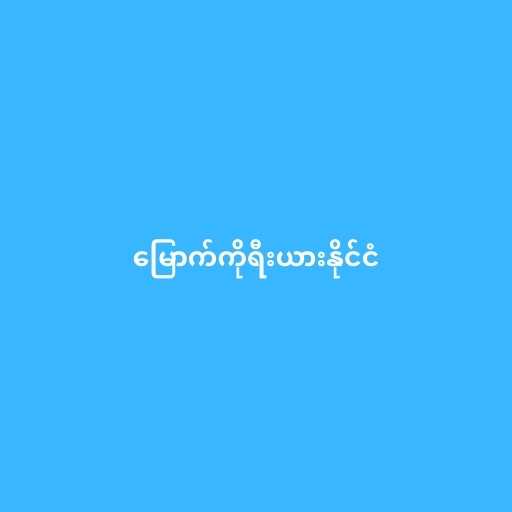
မြောက်ကိုရီးယားနိုင်ငံ